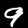
Digit: 9